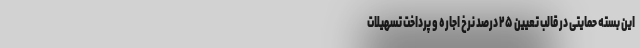
این بسته حمایتی در قالب تعیین ۲۵ درصد نرخ اجاره و پرداخت تسهیلات